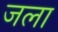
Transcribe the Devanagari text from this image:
जला